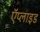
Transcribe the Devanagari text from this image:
ऍप्लाइड